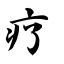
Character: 疗